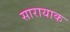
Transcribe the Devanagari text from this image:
सारायाक